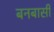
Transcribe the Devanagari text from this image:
बनबासी